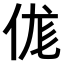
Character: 𠈵